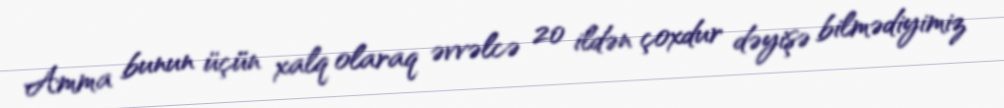
Amma bunun üçün xalq olaraq əvvəlcə 20 ildən çoxdur dəyişə bilmədiyimiz